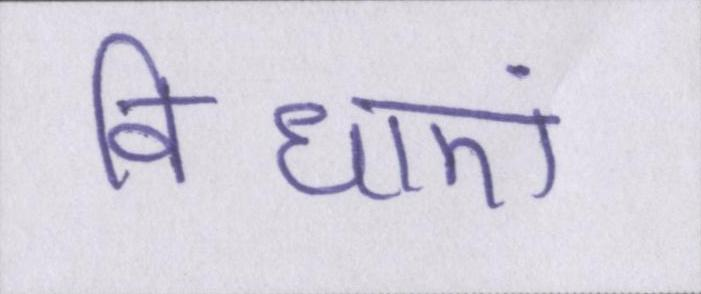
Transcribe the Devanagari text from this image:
विधाएं